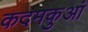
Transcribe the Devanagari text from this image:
कदमकुआं